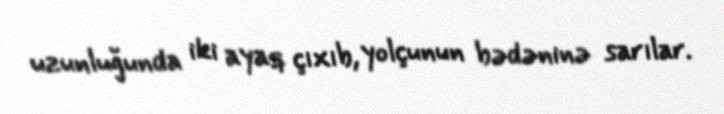
uzunluğunda iki ayaq çıxıb, yolçunun bədəninə sarılar.